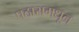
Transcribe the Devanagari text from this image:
पठारामधून